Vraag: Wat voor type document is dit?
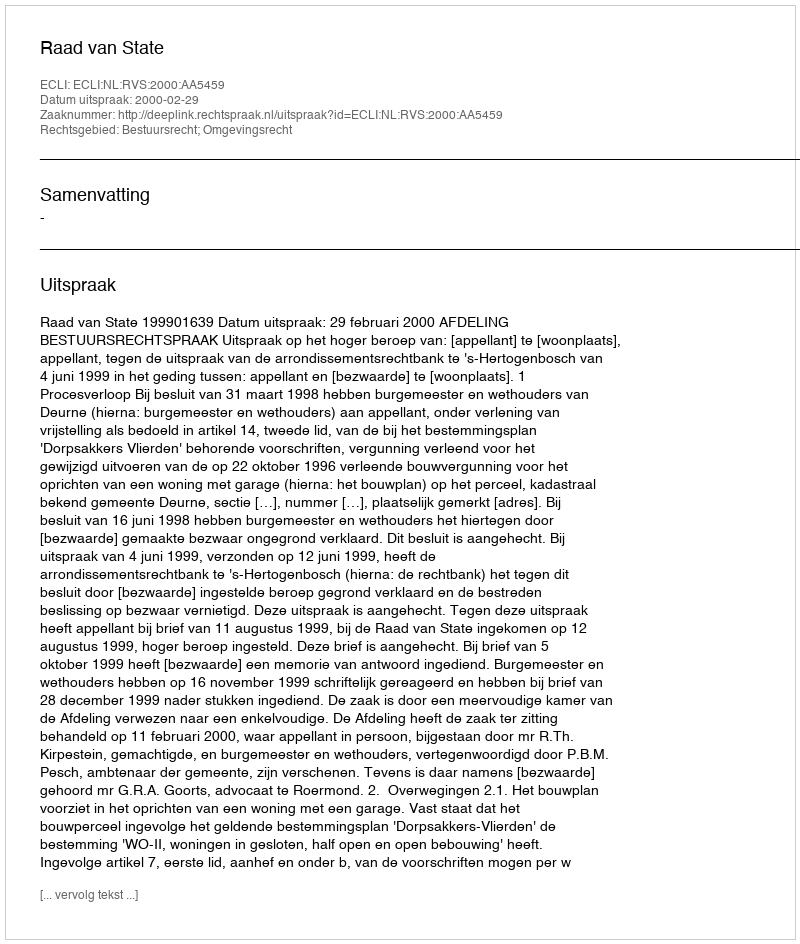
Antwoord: Uitspraak